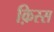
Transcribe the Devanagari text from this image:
क़िस्स